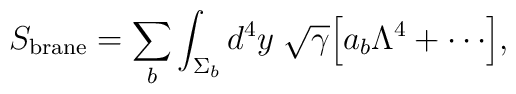
S_{\rm brane} = \sum_b \int_{\Sigma_b} d^4y \; \sqrt\gamma \Bigl[ a_b\Lambda^4 + \cdots \Bigr] ,